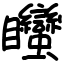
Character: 䂅